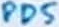
Text: PD5